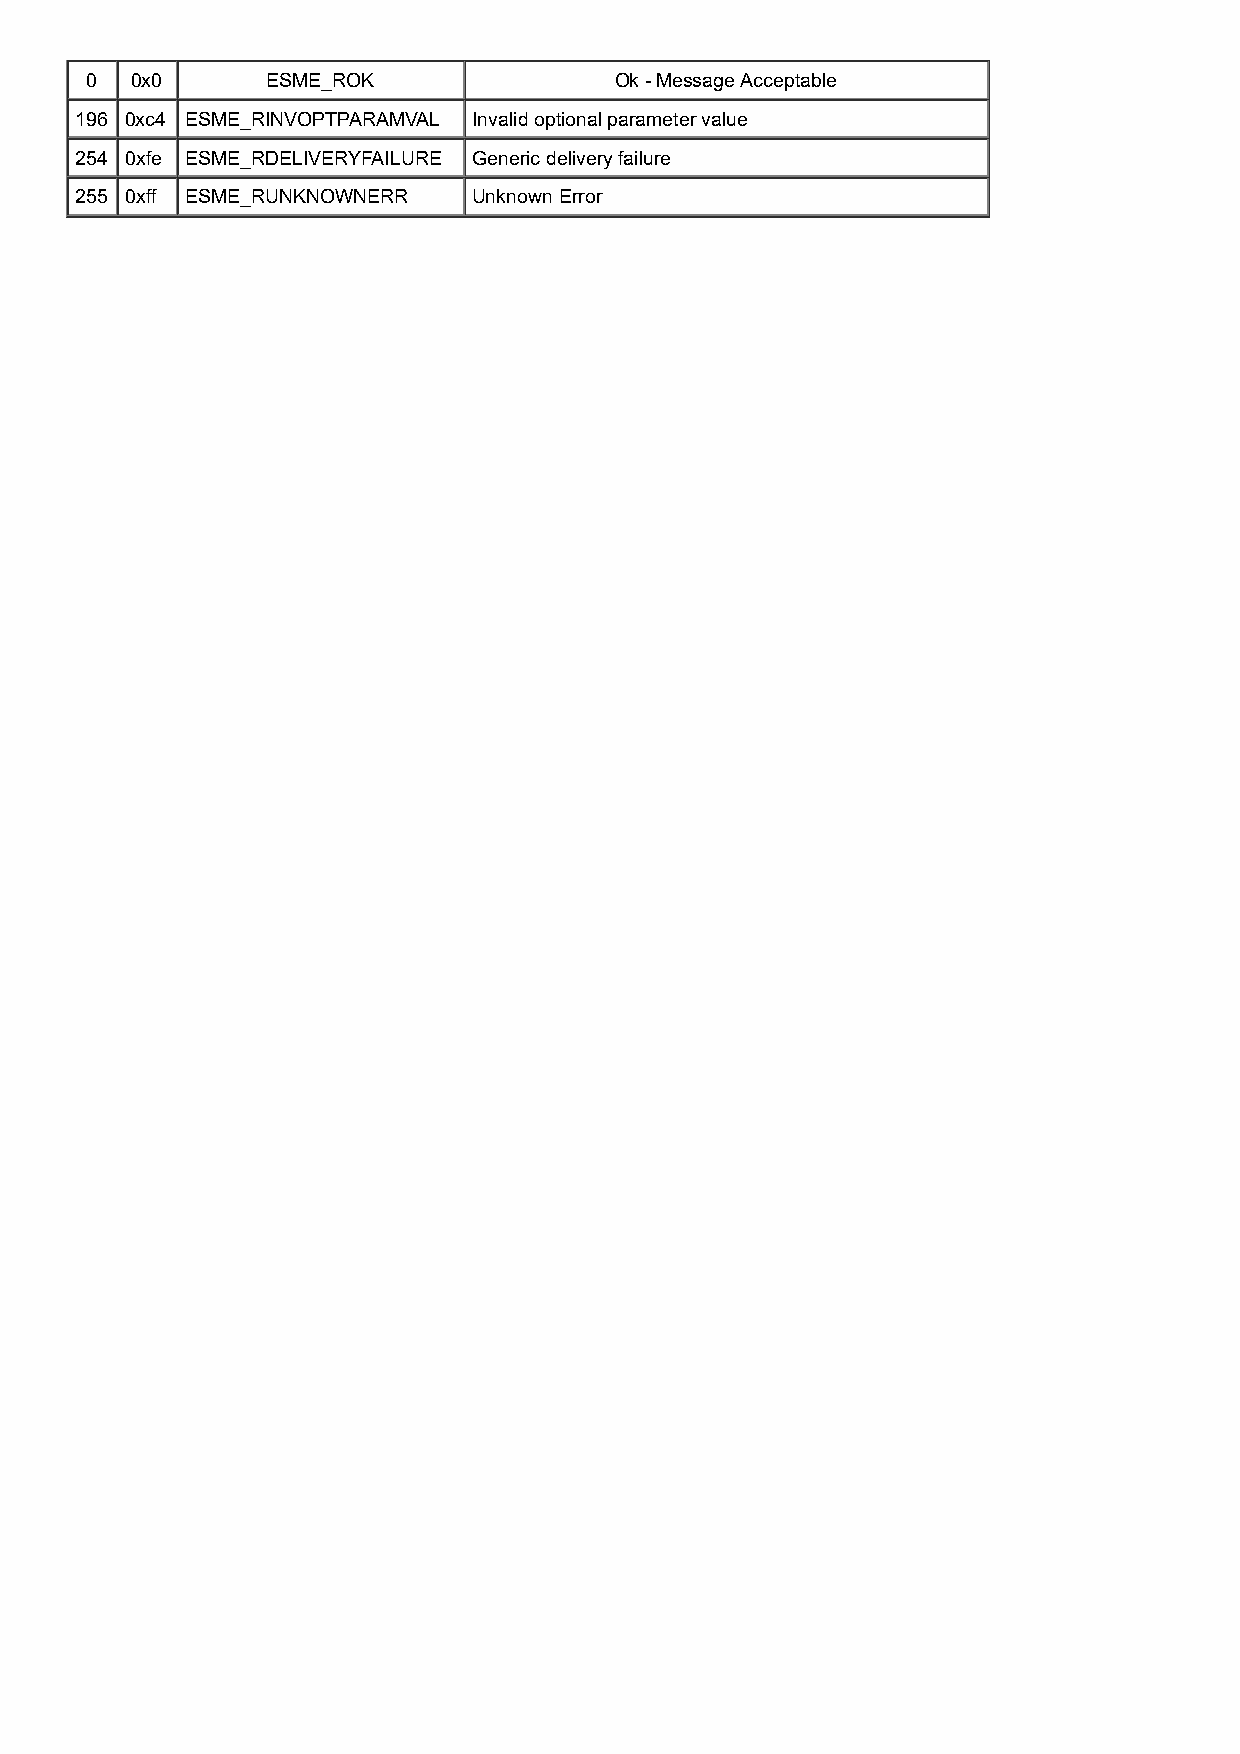
0  0x0      ESME_ROK               Ok - Message Acceptable
 196 0xc4 ESME_RINVOPTPARAMVAL Invalid optional parameter value
 254 0xfe ESME_RDELIVERYFAILURE Generic delivery failure
 255 0xff ESME_RUNKNOWNERR Unknown Error